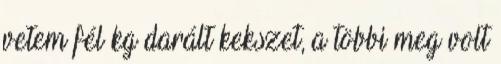
vetem fél kg darált kekszet, a többi meg volt